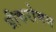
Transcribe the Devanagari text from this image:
ग्रीकरोमन